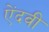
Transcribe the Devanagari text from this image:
ऐंदवी